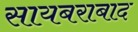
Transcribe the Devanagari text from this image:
सायबराबाद